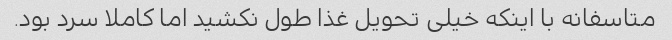
متاسفانه با اینکه خیلی تحویل غذا طول نکشید اما کاملا سرد بود.